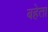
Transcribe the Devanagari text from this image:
बहेता